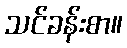
သင်ခန်းစာ။